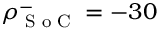
\rho _ { \textrm { S o C } } ^ { - } = - 3 0